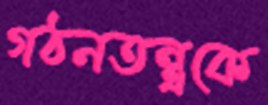
গঠনতন্ত্রকে